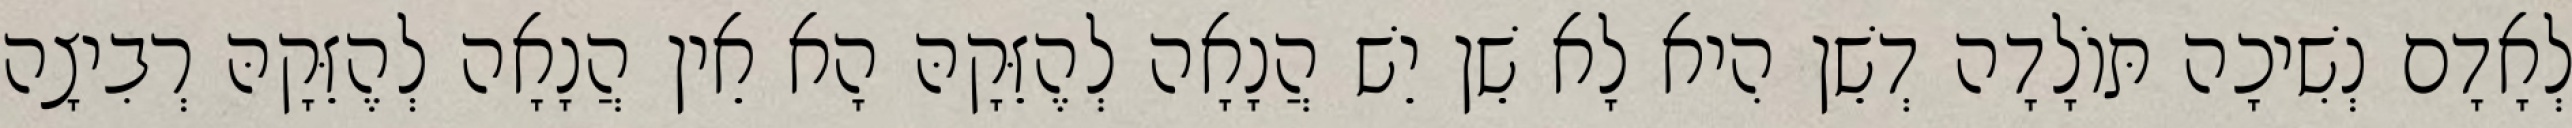
לְאָדָם נְשִׁיכָה תּוֹלָדָה דְשֵׁן הִיא לָא שֵׁן יֵשׁ הֲנָאָה לְהֶזֵּקָהּ הָא אֵין הֲנָאָה לְהֶזֵּקָהּ רְבִיצָה